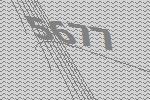
5677